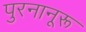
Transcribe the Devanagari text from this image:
पुरनानूरू